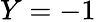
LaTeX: Y=-1